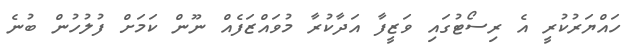
ހައްޔަރުކުރީ އެ ރިސޯޓުގައި ވަޒީފާ އަދާކުރާ މުވައްޒަފެއް ނޫން ކަމަށް ފުލުހުން ބުނެ